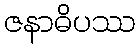
ဇနာဓိပဿ